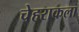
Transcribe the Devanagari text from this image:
चेहराकला